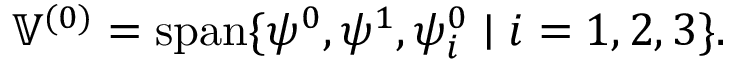
\mathbb { V } ^ { ( 0 ) } = \operatorname { s p a n } \{ \psi ^ { 0 } , \psi ^ { 1 } , \psi _ { i } ^ { 0 } \mid i = 1 , 2 , 3 \} .